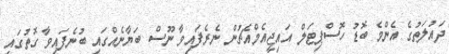
ދައުލަތުގެ އެންމެ ބޮޑު ހޮސްޕިޓަލް އައިޖީއެމްއެޗުން ނެރެފައިވާ ނޫސް ބަޔާނެއްގައި ބުނެފައިވާ ގޮތުގައި